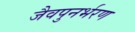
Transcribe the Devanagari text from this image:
जैवपुनर्भरण